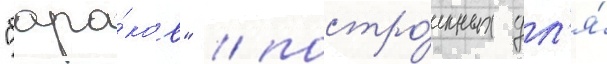
"бара́ков" / постро́енных дл'я́